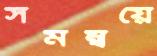
সমম্বয়ে